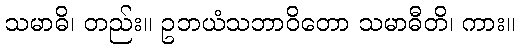
သမာဓိ၊ တည်း။ ဥဘယံသဘာဝိတော သမာဓီတိ၊ ကား။